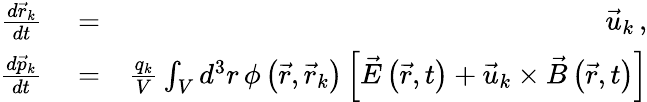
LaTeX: \begin{array}{rlr}{\frac{d\vec{r}_{k}}{dt}}&{{}=}&{\vec{u}_{k}\, ,}\\ {\frac{d\vec{p}_{k}}{dt}}&{{}=}&{\frac{q_{k}}{V}\int_{V}d^{3}r\, \phi\left(\vec{r},\vec{r}_{k}\right)\left[\vec{E}\left(\vec{r},t\right)+\vec{u}_{k}\times\vec{B}\left(\vec{r},t\right)\right]}\end{array}